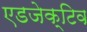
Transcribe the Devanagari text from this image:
एडजेक्टिव